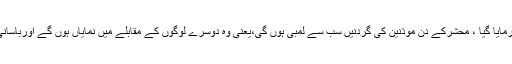
ایک حدیث میں ارشاد فرمایا گیا ، محشرکے دن موذنین کی گردنیں سب سے لمبی ہوں گی،یعنی وہ دوسرے لوگوں کے مقابلے میں نمایاں ہوں گے اوربآسانی پہچانے جاسکیں گے۔